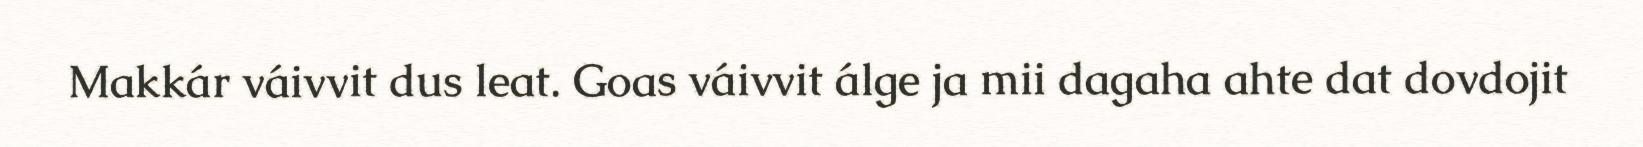
Makkár váivvit dus leat. Goas váivvit álge ja mii dagaha ahte dat dovdojit